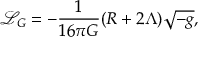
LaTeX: { \mathcal { L } } _ { G } = - { \frac { 1 } { 1 6 \pi G } } ( R + 2 \Lambda ) { \sqrt { - g } } ,